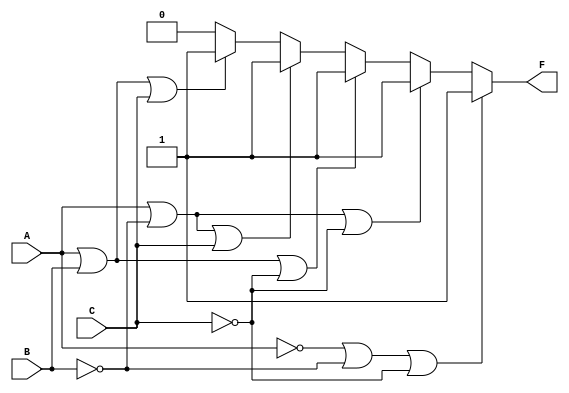
module Q5_5_4_CA_CO (input wire A, B, C, output wire F);
	//Logic table: in the order: (C,B,A)
	assign F = 
	( 
		(~A | ~B | ~C) ? 1'b1 :  
		( A | ~B | ~C) ? 1'b1 :
		( A |  B | ~C) ? 1'b1 :
		( A | ~B |  C) ? 1'b1 :
		( A |  B |  C) ? 1'b1 : 1'b0
	);
endmodule